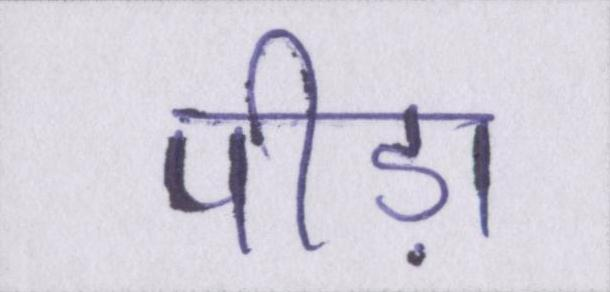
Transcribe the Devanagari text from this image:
पीड़ा